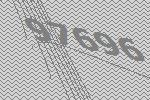
97696